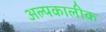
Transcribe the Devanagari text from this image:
अल्पकालीक